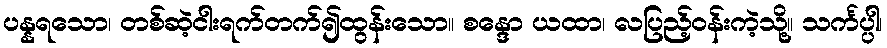
ပန္နရသော၊ တစ်ဆဲ့ငါးရက်တက်၍ထွန်းသော။ စန္ဒော ယထာ၊ လပြည့်ဝန်းကဲ့သို့။ သင်္ကပ္ပါ၊